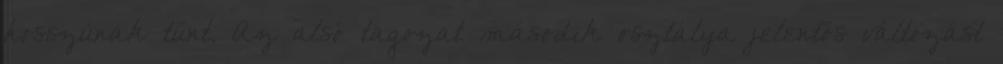
hosszúnak tűnt. Az alsó tagozat második osztálya jelentős változást